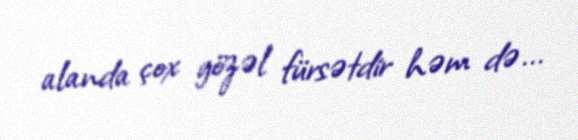
alanda çox gözəl fürsətdir həm də...